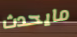
مايحدث